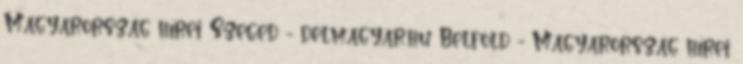
Magyarország hírei Szeged - delmagyar.hu Belföld - Magyarország hírei